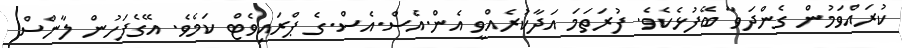
ކުރައްވަމުން ގެންދަވާ ބޭފުޅެކެވެ. ފުރަތަމަ އަދާކުރެއްވީ އެން.އެސް.އެސް.ގެ ޕްރައިވެޓް ކަމެވެ. އޭގެފަހުން ލާންސް